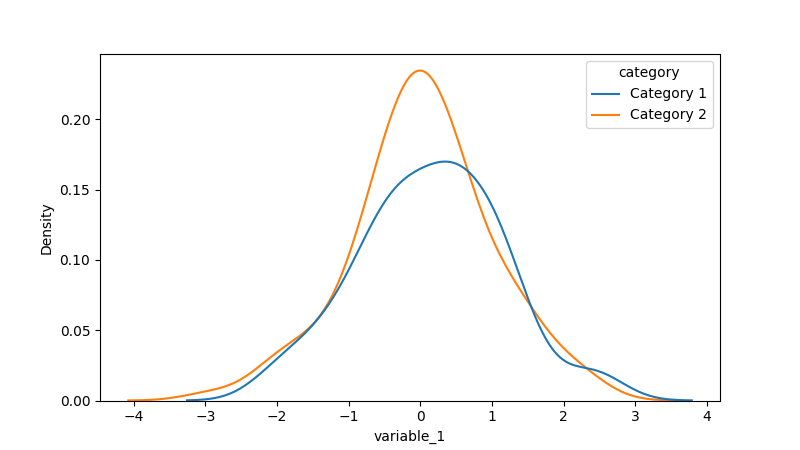
python, seaborn, kdeplot, hue='category', fill=False, bw_adjust=1.0